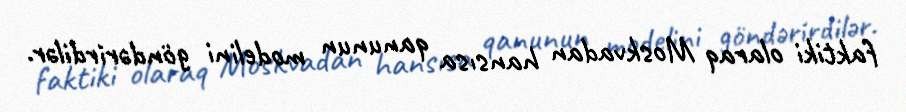
faktiki olaraq Moskvadan hansısa qanunun modelini göndərirdilər.